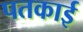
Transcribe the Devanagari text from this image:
पतकाई